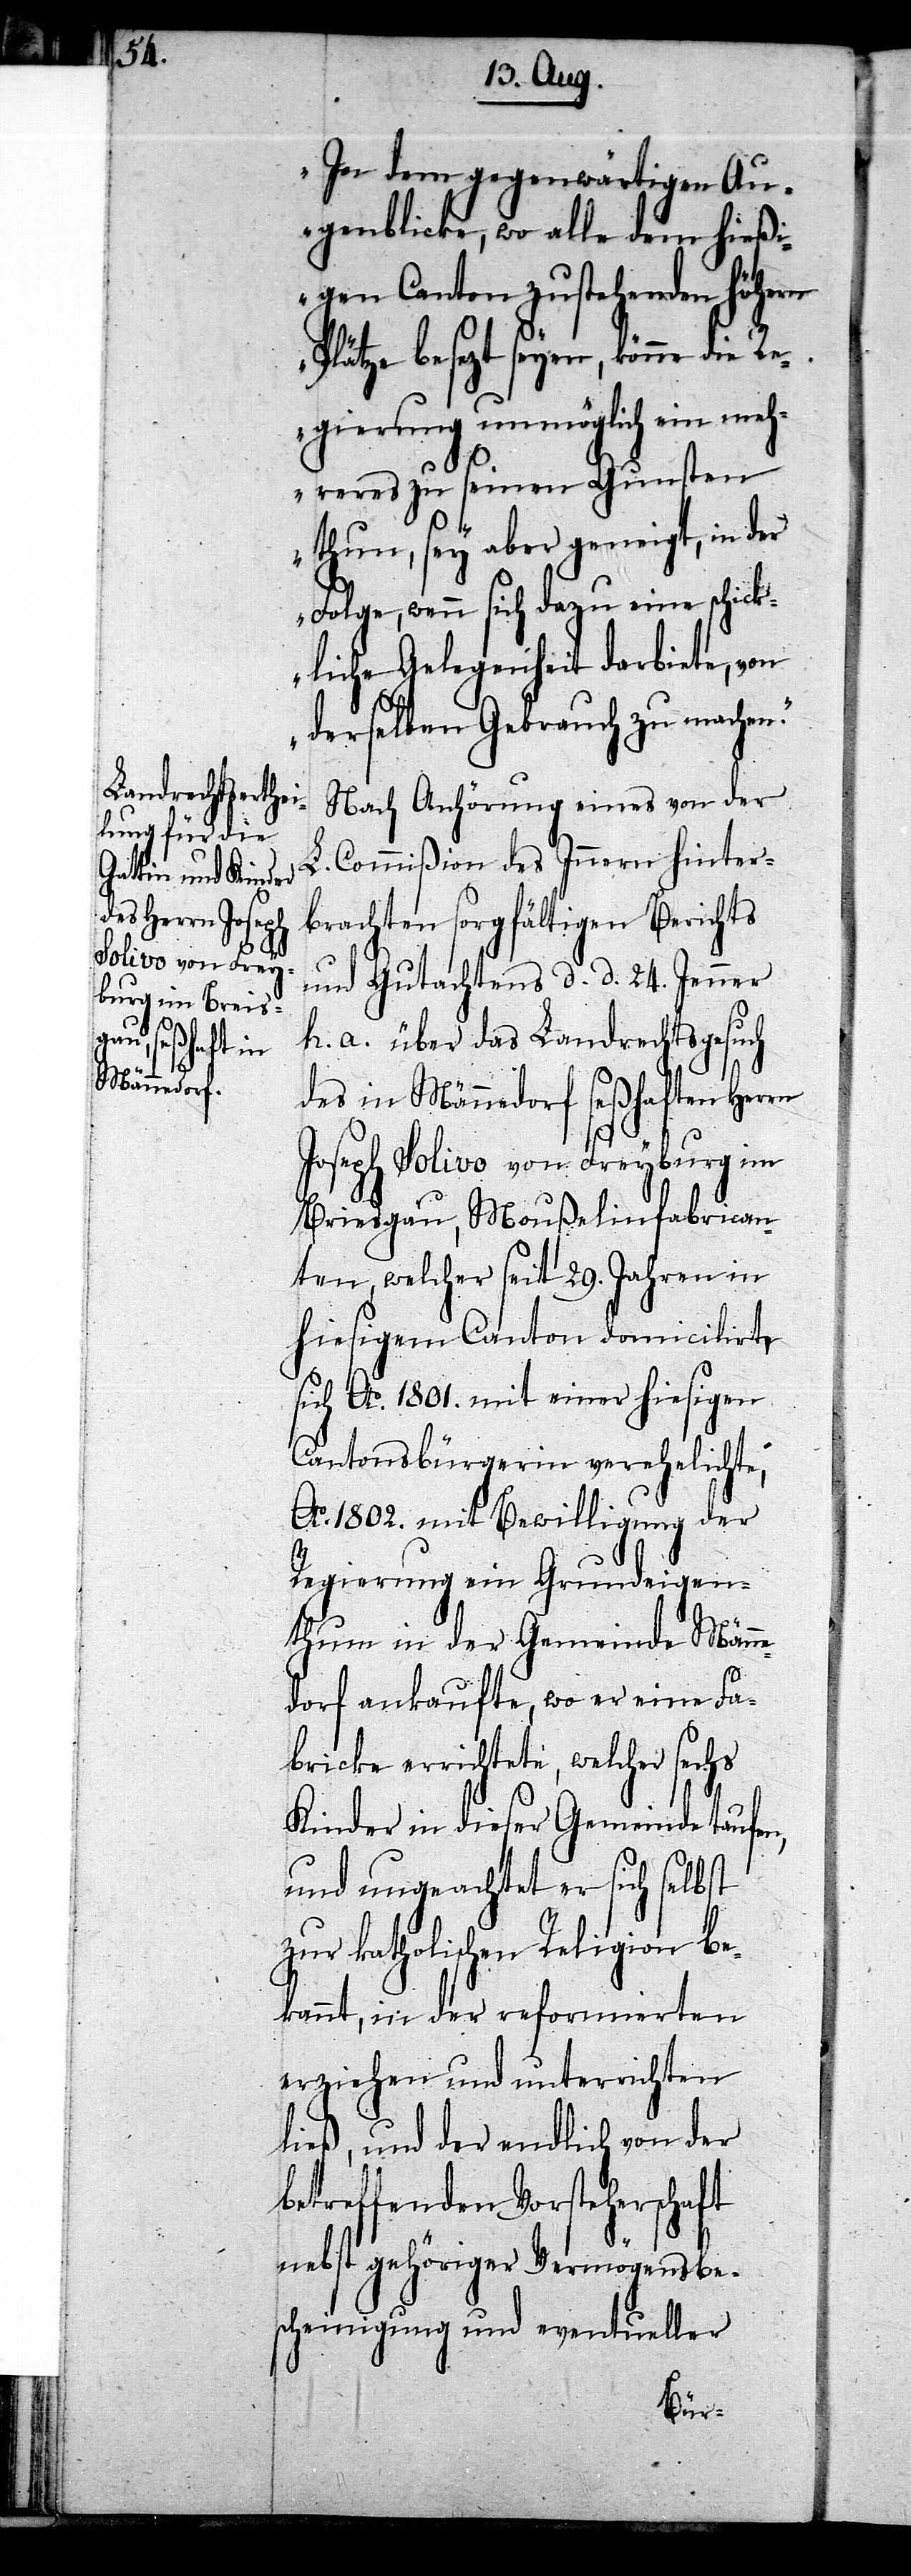
In dem gegenwärtigen Au¬
genblicke, wo alle dem hießi¬
gen Canton zustehenden höhern
Plätze besezt seyen, könne die Re¬
gierung unmöglich ein meh¬
reres zu seinen Gunsten
thun, sey aber geneigt, in der
Folge, wenn sich dazu eine schick¬
liche Gelegenheit darbiete, von
derselben Gebrauch zu machen.“
Nach Anhörung eines von der
L. Commißion des Innern hinter¬
brachten sorgfältigen Berichts
und Gutachtens d. d. 24. Jenner
h. a. über das Landrechtsgesuch
des in Männedorf seßhaften Herrn
Joseph Solivo von Freyburg im
[sic!], Moußelinfabrican¬
ten, welcher seit 29. Jahren in
hiesigem Canton domicilirt,
sich Ao. 1801. mit einer hiesigen
Cantonsbürgerin verehelichte,
Ao. 1802. mit Bewilligung der
Regierung ein Grundeigen¬
thum in der Gemeinde Männ¬
edorf ankaufte, wo er eine Fa¬
bricke errichtete, welcher sechs
Kinder in dieser Gemeinde taufen,
und ungeachtet er sich selbst
zur katholischen Religion be¬
kannt, in der reformierten
erziehen und unterrichten
ließ, und der endlich von der
betreffenden Vorsteherschaft
nebst gehöriger Vermögensbe¬
scheinigung und eventueller